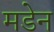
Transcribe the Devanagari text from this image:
मडेन